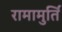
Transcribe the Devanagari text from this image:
रामामुर्ति